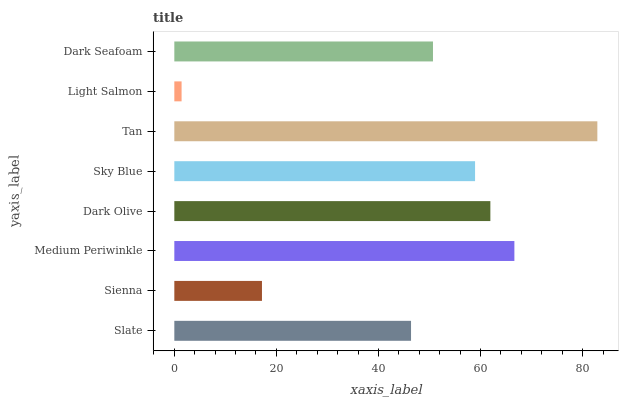
| yaxis_label | bars |
 | --- | --- |
 | Slate | 46.4 |
 | Sienna | 17.2 |
 | Medium Periwinkle | 66.6 |
 | Dark Olive | 61.9 |
 | Sky Blue | 58.9 |
 | Tan | 82.9 |
 | Light Salmon | 1.42 |
 | Dark Seafoam | 50.7 |